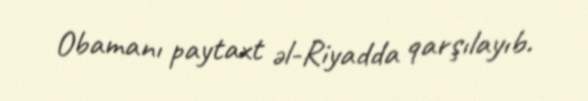
Obamanı paytaxt əl-Riyadda qarşılayıb.